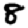
Digit: 8